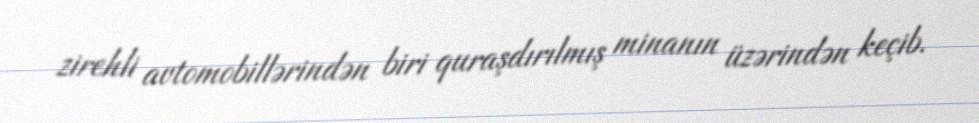
zirehli avtomobillərindən biri quraşdırılmış minanın üzərindən keçib.